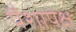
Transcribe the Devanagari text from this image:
पैशापेक्ष